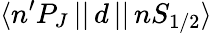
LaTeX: \langle n^{\prime}P_{J}\, ||\, d\, ||\, nS_{1/2}\rangle